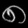
Digit: ၈